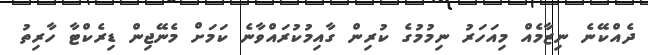
ދެއްކޭނެ ނިޒާމެއް މިއަހަރު ނިމުމުގެ ކުރިން ގާއިމުކުރައްވާނެ ކަމަށް މެނޭޖިން ޑިރެކްޓާ ހާރިތު